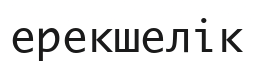
ерекшелік